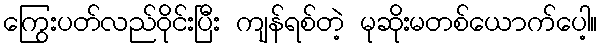
ကြွေးပတ်လည်ဝိုင်းပြီး ကျန်ရစ်တဲ့ မုဆိုးမတစ်ယောက်ပေါ့။